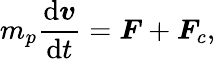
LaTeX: m_{p}\frac{\mathrm{d}\boldsymbol{v}}{\mathrm{d}t}=\boldsymbol{F}+\boldsymbol{F}_{c},